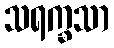
သရက္ခသာ